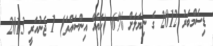
ޑިސެމްބަރު 2012 ގެ ނިޔަލަށް %6 (ހައެއް އިންސައްތަ) 1 ޖެނުއަރީ 2013